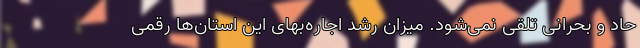
حاد و بحرانی تلقی نمی‌شود. میزان رشد اجاره‌بهای این استان‌ها رقمی